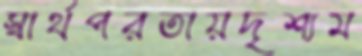
স্বার্থপরতায়দৃশ্যম